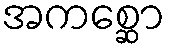
အကစ္ဆော